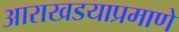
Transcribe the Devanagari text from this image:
आराखडयाप्रमाणे